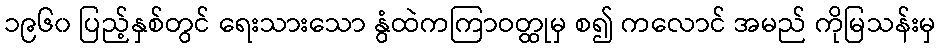
၁၉၆၀ ပြည့်နှစ်တွင် ရေးသားသော နွံထဲကကြာဝတ္ထုမှ စ၍ ကလောင် အမည် ကိုမြသန်းမှ